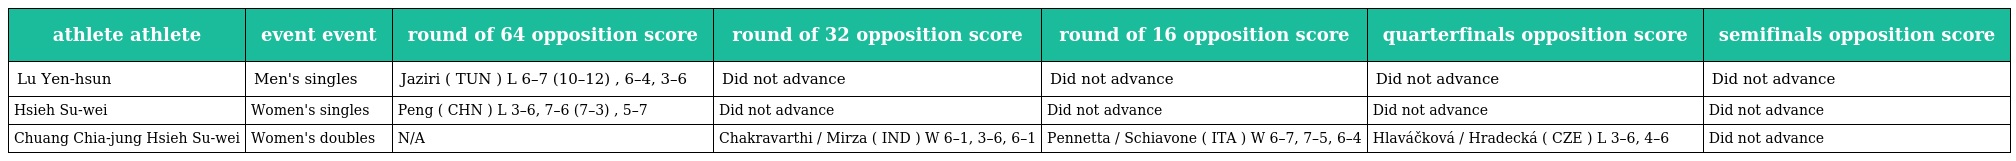
| athlete athlete | event event | round of 64 opposition score | round of 32 opposition score | round of 16 opposition score | quarterfinals opposition score | semifinals opposition score |
 | --- | --- | --- | --- | --- | --- | --- |
 | Lu Yen-hsun | Men's singles | Jaziri ( TUN ) L 6–7 (10–12) , 6–4, 3–6 | Did not advance | Did not advance | Did not advance | Did not advance |
 | Hsieh Su-wei | Women's singles | Peng ( CHN ) L 3–6, 7–6 (7–3) , 5–7 | Did not advance | Did not advance | Did not advance | Did not advance |
 | Chuang Chia-jung Hsieh Su-wei | Women's doubles | N/A | Chakravarthi / Mirza ( IND ) W 6–1, 3–6, 6–1 | Pennetta / Schiavone ( ITA ) W 6–7, 7–5, 6–4 | Hlaváčková / Hradecká ( CZE ) L 3–6, 4–6 | Did not advance |